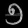
Digit: ၅